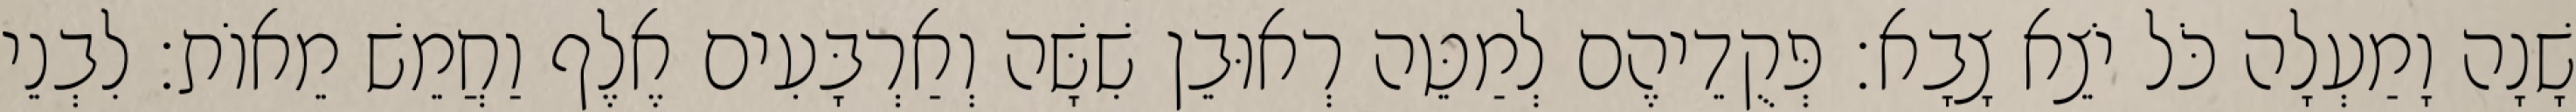
שָׁנָה וָמַעְלָה כֹּל יֹצֵא צָבָא׃ פְּקֻדֵיהֶם לְמַטֵּה רְאוּבֵן שִׁשָּׁה וְאַרְבָּעִים אֶלֶף וַחֲמֵשׁ מֵאוֹת׃ לִבְנֵי